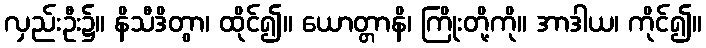
လှည်းဦး၌။ နိသီဒိတွာ၊ ထိုင်၍။ ယောတ္တာနိ၊ ကြိုးတို့ကို။ အာဒါယ၊ ကိုင်၍။